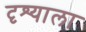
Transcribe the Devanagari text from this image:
दृश्याला